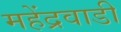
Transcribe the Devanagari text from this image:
महेंद्रवाडी